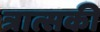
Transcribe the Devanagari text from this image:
त्रात्सकी